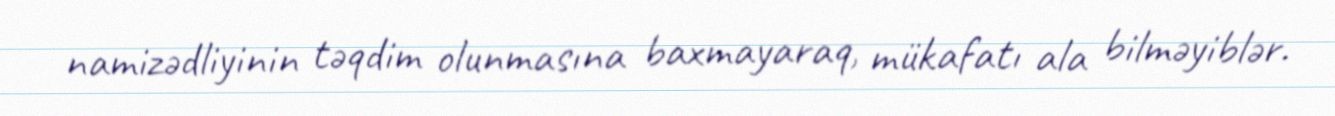
namizədliyinin təqdim olunmasına baxmayaraq, mükafatı ala bilməyiblər.